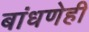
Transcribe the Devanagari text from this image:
बांधणेही